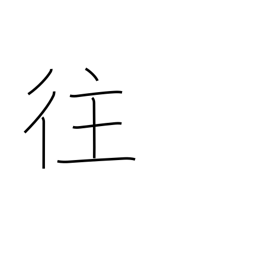
Meaning: journey